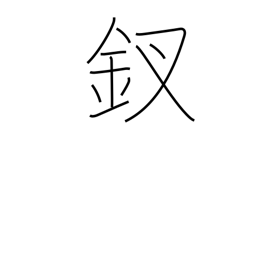
Meaning: ornamental hairpin